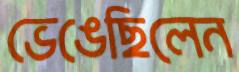
ভেঙেছিলেন